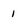
Character: 1